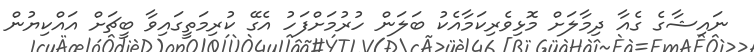
ނައިޝާގެ ގެއާ ދިމާލަށް މޮޅިވެރިކަމާއެކު ބަލަން ހުރުމަށްފަހު އެގޭ ކުރިމަތީގައިވާ ބީޗަށް އައްކިޔުން